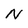
Character: N